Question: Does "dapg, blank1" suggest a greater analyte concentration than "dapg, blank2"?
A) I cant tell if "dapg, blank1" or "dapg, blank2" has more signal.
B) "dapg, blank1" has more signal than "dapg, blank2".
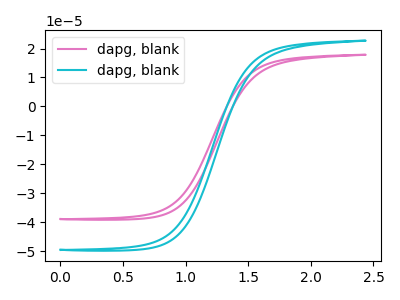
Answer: <think>The pink curve "dapg, blank1" has no peaks. The cyan curve "dapg, blank2" has no peaks.
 Neither "dapg, blank1" or "dapg, blank2" have any peaks.</think>
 <answer>A) I cant tell if "dapg, blank1" or "dapg, blank2" has more signal.</answer>
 <eval>A</eval>